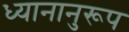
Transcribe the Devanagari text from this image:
ध्यानानुरूप